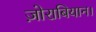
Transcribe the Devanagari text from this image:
ज़ोराबियान।